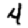
Digit: 4